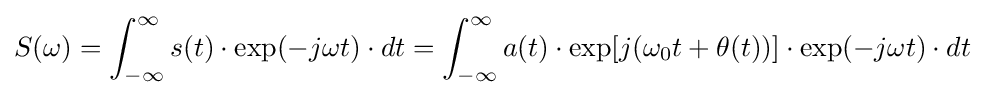
S(\omega )=\int _{-\infty }^{\infty }s(t)\cdot \exp(-j\omega t)\cdot dt=\int _{-\infty }^{\infty }a(t)\cdot \exp[j(\omega _{0}t+\theta (t))]\cdot \exp(-j\omega t)\cdot dt